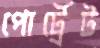
পোর্ট্রেট